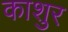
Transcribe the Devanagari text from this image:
काशुर